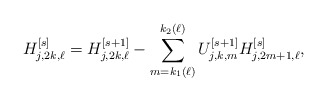
\begin{align*}H_{j,2k,\ell}^{[s]} = H_{j,2k,\ell}^{[s+1]} - \sum_{m = k_1(\ell)}^{k_2(\ell)}U_{j,k,m}^{[s+1]} H_{j,2m+1,\ell}^{[s]},\end{align*}